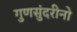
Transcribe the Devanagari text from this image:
गुणसुंदरीनो